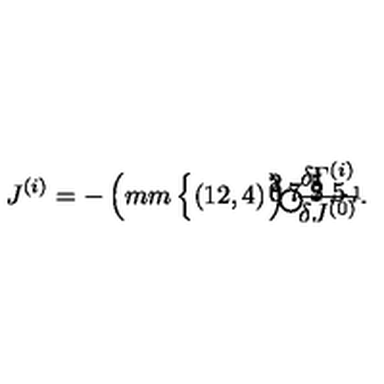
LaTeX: J ^ { ( i ) } = - \left( \setlength { \unitlength } { 1 m m } \left\{ \begin{picture} { ( 1 2 , 4 ) \thicklines \put ( 6 , 1 ) { \circle { 8 } } \put ( 1 . 7 5 , 1 ) { \circle * { 1 } } \put ( 1 0 . 2 5 , 1 ) { \circle * { 1 } } \put ( 1 2 . 5 , 4 ) { \makebox ( 0 , 0 ) [ l ] { \scriptsize - \! 1 } } } \\ \end{picture} \right. \right) \: \frac { \delta \Gamma ^ { ( i ) } } { \delta J ^ { ( 0 ) } } .